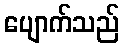
ပျောက်သည်